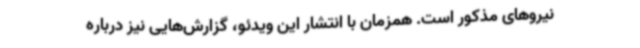
نیروهای مذکور است. همزمان با انتشار این ویدئو، گزارش‌هایی نیز درباره